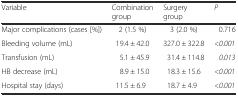
| Variable | Combination group | Surgery group | P |
 | --- | --- | --- | --- |
 | Major complications (cases [%]) | 2 (1.5 %) | 3 (2.0 %) | 0.716 |
 | Bleeding volume (mL) | 19.4 ± 42.0 | 327.0 ± 322.8 | <0.001 |
 | Transfusion (mL) | 5.1 ± 45.9 | 31.4 ± 114.8 | 0.013 |
 | HB decrease (mL) | 8.9 ± 15.0 | 18.3 ± 15.6 | <0.001 |
 | Hospital stay (days) | 11.5 ± 6.9 | 18.7 ± 4.9 | <0.001 |